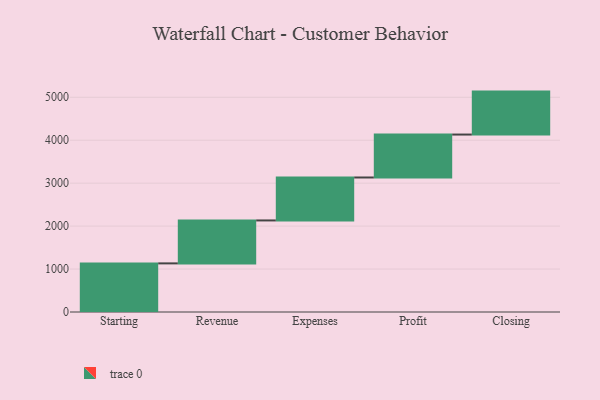
{"axis": {"x": "Step", "y": "Value"}, "legend": [""], "data": [{"x": "Starting", "y": 1132.0, "type": ""}, {"x": "Revenue", "y": 1000, "type": ""}, {"x": "Expenses", "y": 1000, "type": ""}, {"x": "Profit", "y": 1000, "type": ""}, {"x": "Closing", "y": 1000, "type": ""}]}